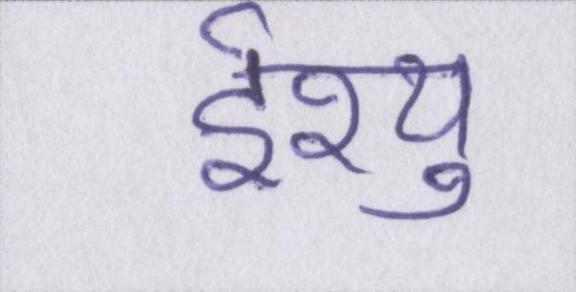
ईश्यु